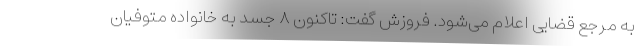
به مرجع قضایی اعلام می‌شود. فروزش گفت: تاکنون ۸ جسد به خانواده متوفیان